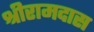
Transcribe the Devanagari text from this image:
श्रीरामदास